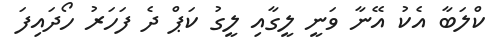
ކްލަބާ އެކު އޭނާ ވަނީ ލީގާއި ލީގު ކަޕް ދެ ފަހަރު ހޯދައިފަ